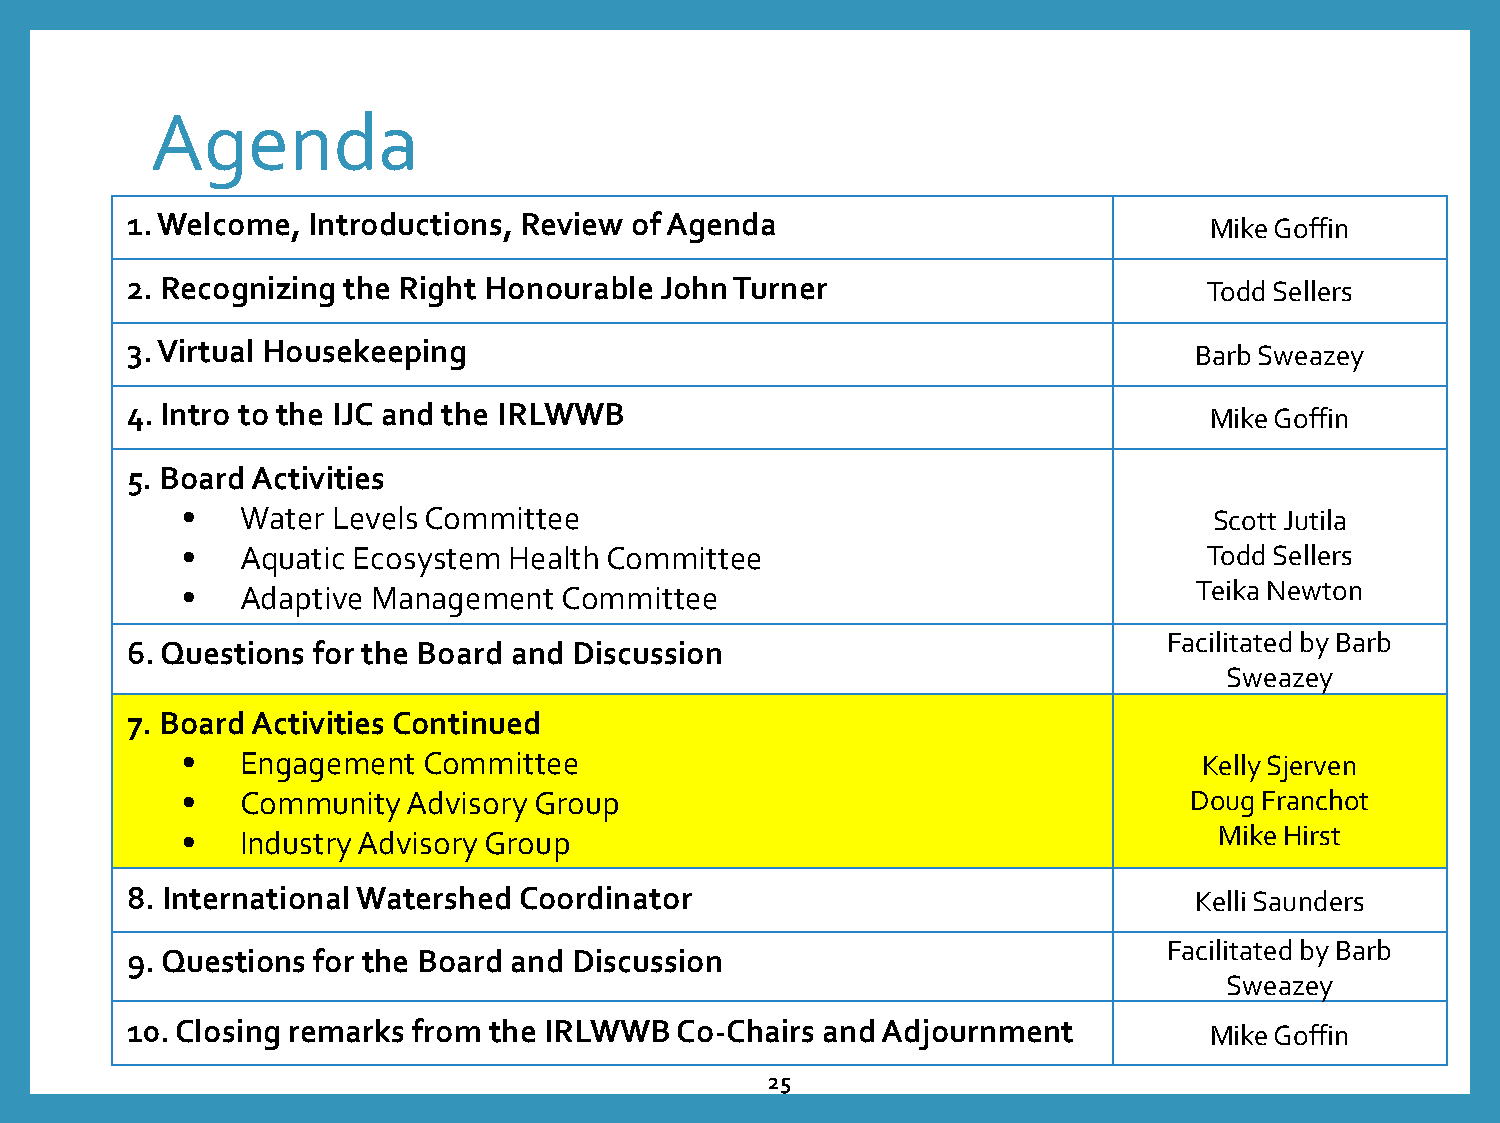
Agenda
 1. Welcome, Introductions, Review of Agenda                             Mike Goffin
 2. Recognizing the Right Honourable John Turner                         Todd Sellers
 3. Virtual Housekeeping                                                Barb Sweazey
 4. Intro to the IJC and the IRLWWB                                      Mike Goffin
 5. Board Activities
 •   Water Levels Committee                                          Scott Jutila
 •   Aquatic Ecosystem Health Committee                              Todd Sellers
 •   Adaptive Management  Committee                                 Teika Newton
 Facilitated by Barb
 6. Questions for the Board and Discussion
 Sweazey
 7. Board Activities Continued
 •   Engagement  Committee                                           Kelly Sjerven
 •   Community  Advisory Group                                      Doug Franchot
 •   Industry Advisory Group                                          Mike Hirst
 8. International Watershed Coordinator                                 Kelli Saunders
 Facilitated by Barb
 9. Questions for the Board and Discussion
 Sweazey
 10. Closing remarks from the IRLWWB  Co-Chairs and Adjournment          Mike Goffin
 25